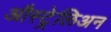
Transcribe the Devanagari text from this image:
औस्ट्रेलिअन